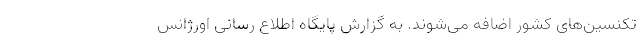
تکنسین‌های کشور اضافه می‌شوند. به گزارش پایگاه اطلاع رسانی اورژانس